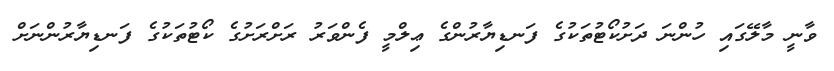
ވާނީ މާލޭގައި ހުންނަ ދަށުކޯޓުތަކުގެ ފަނޑިޔާރުންގެ ޢިލްމީ ފެންވަރު ރަށްރަށުގެ ކޯޓުތަކުގެ ފަނޑިޔާރުންނަށް